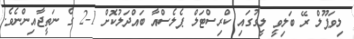
ލިވަޕޫލް ރޭ ބަލިވީ ލީގުގައި ކްރިސްޓަލް ޕެލެސްއާ ބައްދަލުކޮށް 1-2 ގެ ނަތީޖާއިންނެވެ.